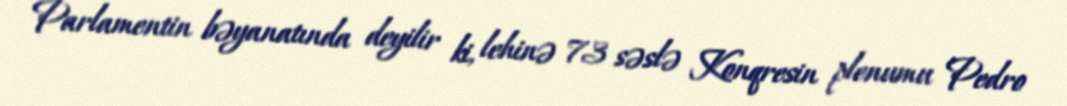
Parlamentin bəyanatında deyilir ki, lehinə 73 səslə Konqresin plenumu Pedro